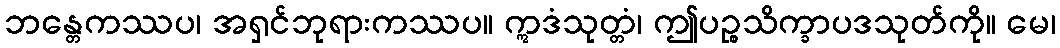
ဘန္တေကဿပ၊ အရှင်ဘုရားကဿပ။ ဣဒံသုတ္တံ၊ ဤပဉ္စသိက္ခာပဒသုတ်ကို။ မေ၊